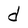
Character: d